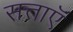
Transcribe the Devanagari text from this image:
सत्ताऍं